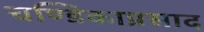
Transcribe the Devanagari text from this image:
चण्डिकाप्रसाद